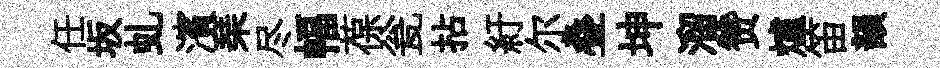
任坂虬濱琹尽幅葆瓮拈紆尔叠坤溜赞爐笛韻